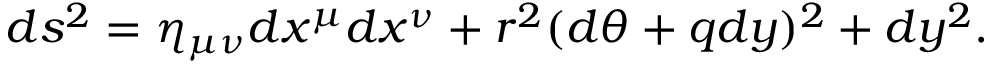
d s ^ { 2 } = \eta _ { \mu \nu } d x ^ { \mu } d x ^ { \nu } + r ^ { 2 } ( d \theta + q d y ) ^ { 2 } + d y ^ { 2 } .